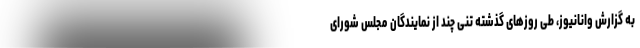
به گزارش وانانیوز، طی روزهای گذشته تنی چند از نمایندگان مجلس شورای